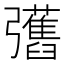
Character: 𢑇